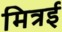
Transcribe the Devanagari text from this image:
मित्रई